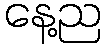
နေ့ည